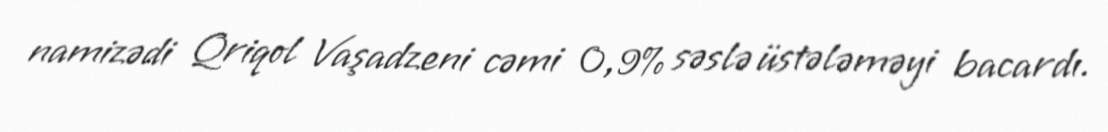
namizədi Qriqol Vaşadzeni cəmi 0,9% səslə üstələməyi bacardı.